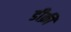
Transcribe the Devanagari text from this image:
डीक्री